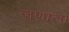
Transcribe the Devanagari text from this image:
जणाला